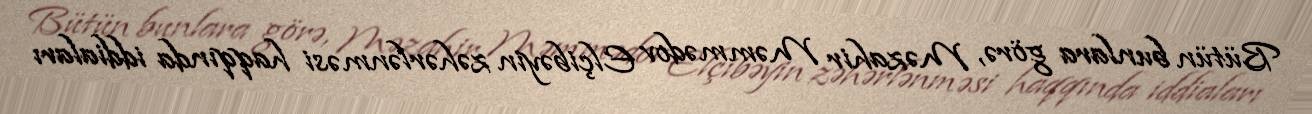
Bütün bunlara görə, Məzahir Məmmədov Elçibəyin zəhərlənməsi haqqında iddiaları